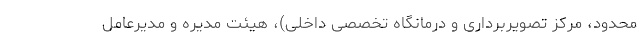
محدود، مرکز تصویربرداری و درمانگاه تخصصی داخلی)، هیئت مدیره و مدیرعامل